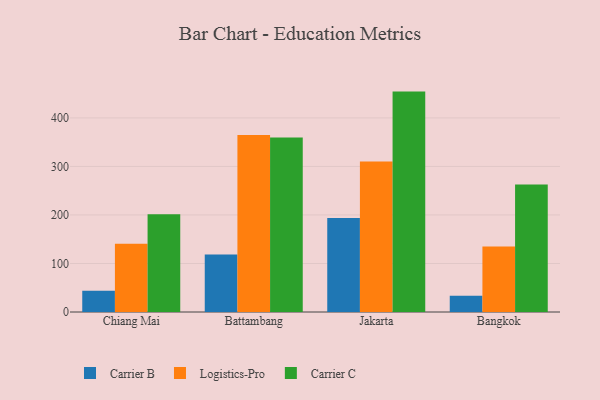
{"axis": {"x": "City", "y": "Demand Index"}, "legend": ["Carrier B", "Carrier C", "Logistics-Pro"], "data": [{"x": "Chiang Mai", "y": 43.6, "type": "Carrier B"}, {"x": "Chiang Mai", "y": 140.7, "type": "Logistics-Pro"}, {"x": "Chiang Mai", "y": 201.5, "type": "Carrier C"}, {"x": "Battambang", "y": 118.7, "type": "Carrier B"}, {"x": "Battambang", "y": 364.9, "type": "Logistics-Pro"}, {"x": "Battambang", "y": 359.4, "type": "Carrier C"}, {"x": "Jakarta", "y": 193.8, "type": "Carrier B"}, {"x": "Jakarta", "y": 310.2, "type": "Logistics-Pro"}, {"x": "Jakarta", "y": 454.2, "type": "Carrier C"}, {"x": "Bangkok", "y": 33.3, "type": "Carrier B"}, {"x": "Bangkok", "y": 135.0, "type": "Logistics-Pro"}, {"x": "Bangkok", "y": 263.0, "type": "Carrier C"}]}